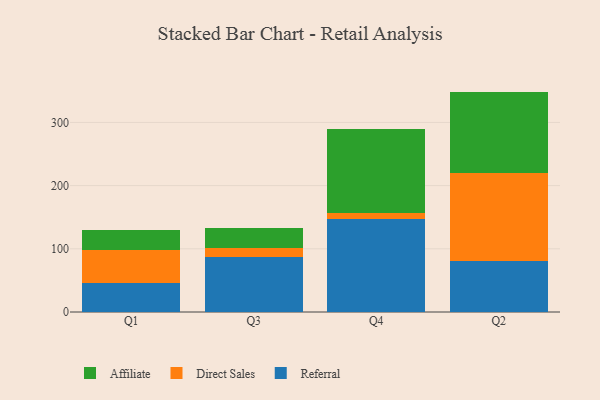
{"axis": {"x": "Quarter", "y": "Latency (ms)"}, "legend": ["Affiliate", "Direct Sales", "Referral"], "data": [{"x": "Q1", "y": 45.4, "type": "Referral"}, {"x": "Q1", "y": 52.8, "type": "Direct Sales"}, {"x": "Q1", "y": 32.1, "type": "Affiliate"}, {"x": "Q3", "y": 87.5, "type": "Referral"}, {"x": "Q3", "y": 13.2, "type": "Direct Sales"}, {"x": "Q3", "y": 32.7, "type": "Affiliate"}, {"x": "Q4", "y": 147.7, "type": "Referral"}, {"x": "Q4", "y": 9.4, "type": "Direct Sales"}, {"x": "Q4", "y": 132.4, "type": "Affiliate"}, {"x": "Q2", "y": 80.2, "type": "Referral"}, {"x": "Q2", "y": 139.2, "type": "Direct Sales"}, {"x": "Q2", "y": 129.4, "type": "Affiliate"}]}